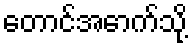
တောင်အောက်သို့